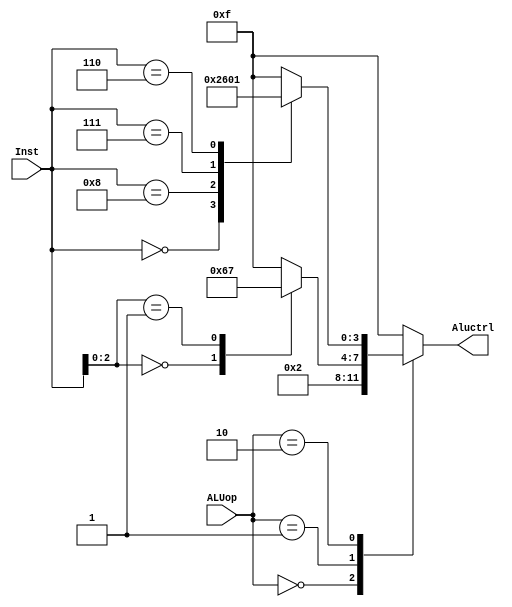
`timescale 1ns / 1ps
//////////////////////////////////////////////////////////////////////////////////
// Company: 
// Engineer: 
// 
// Design Name: 
// Module Name: ALUctrl
// Project Name: 
// Target Devices: 
// Tool Versions: 
// Description: 
// 
// Dependencies: 
// 
// Revision:
// Revision 0.01 - File Created
// Additional Comments:
// 
//////////////////////////////////////////////////////////////////////////////////


module ALUctrl(Inst, ALUop, Aluctrl);
    input [3:0] Inst;
    input [1:0] ALUop;
    output reg [3:0] Aluctrl;
    
    always@(*) begin
        case(ALUop)
            2'b00: begin
                Aluctrl=4'b0010;
                end
            2'b01: begin
                case(Inst[2:0])
                    3'b000: Aluctrl=4'b0110;
                    3'b001: Aluctrl=4'b0111;
                    default: Aluctrl=4'b1111;
                endcase
                end
            2'b10: begin
                case (Inst)
                    4'b0000: Aluctrl=4'b0010;
                    4'b1000: Aluctrl=4'b0110;
                    4'b0111: Aluctrl=4'b0000;
                    4'b0110: Aluctrl=4'b0001;
                    default: Aluctrl=4'b1111;
                endcase
            end
            default: Aluctrl=4'b1111;
        endcase
    end
    
endmodule